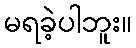
မရခဲ့ပါဘူး။